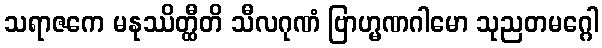
သရာဇကေ မနုဿိတ္ထီတိ သီလဂုဏံ ဗြာဟ္မဏဂါမော သုညတမဂ္ဂေါ